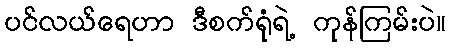
ပင်လယ်ရေဟာ ဒီစက်ရုံရဲ့ ကုန်ကြမ်းပဲ။